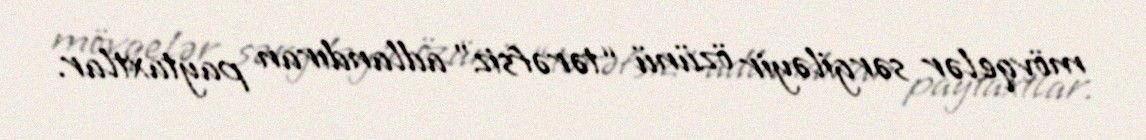
mövqelər sərgiləyir özünü “tərəfsiz” adlandıran paytaxtlar.